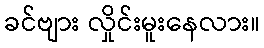
ခင်ဗျား လှိုင်းမူးနေလား။